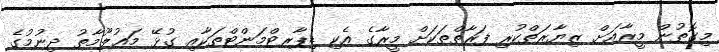
މިގޮތުން މީރާއަށް ޒިޔާރަތްކުރި ފަރާތްތަކަށް މީރާގެ އެކި ޑިޕާރޓްމަންޓްތަކާއި ގުޅޭ މަޢުލޫމާތު ދިނުމުގެ